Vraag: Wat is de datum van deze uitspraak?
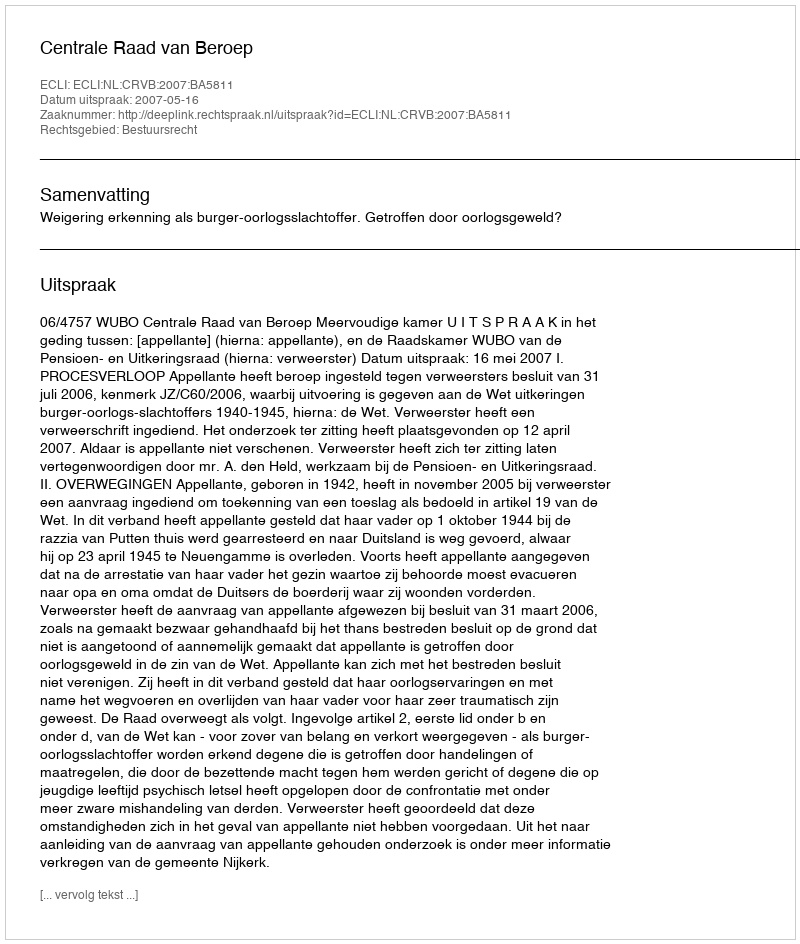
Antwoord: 2007-05-16